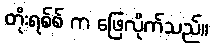
တိုးရစ်စ် က ဖြေလိုက်သည်။